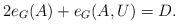
LaTeX: \begin{align*}2e_G(A) + e_G(A,U) = D.\end{align*}